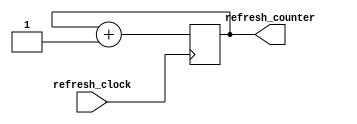
`timescale 1ns / 1ps

module refreshcounter(
    input refresh_clock,
    output reg refresh_counter
    );
    
    initial begin
        refresh_counter = 0;
    end
    
    always @(posedge refresh_clock) 
        refresh_counter <= refresh_counter + 1;
endmodule